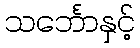
သင်္ဘောနှင့်